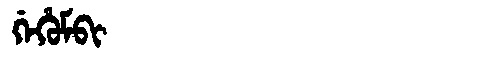
Manchu: ᡤᡝᡥᡠᠮᠪᡳ
Romanization: GEHUMBI